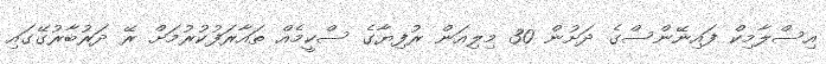
އިސްލާމިކް ފައިނޭންސްގެ ދަށުން 30 މިލިއަން ރުފިޔާގެ ސްކީމެއް ތައާރަފުކުރުމަށް ރޭ ދަރުބާރުގޭގައި